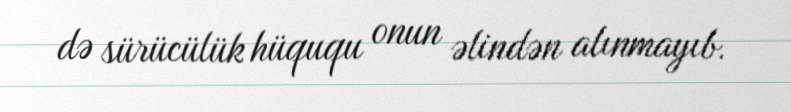
də sürücülük hüququ onun əlindən alınmayıb.